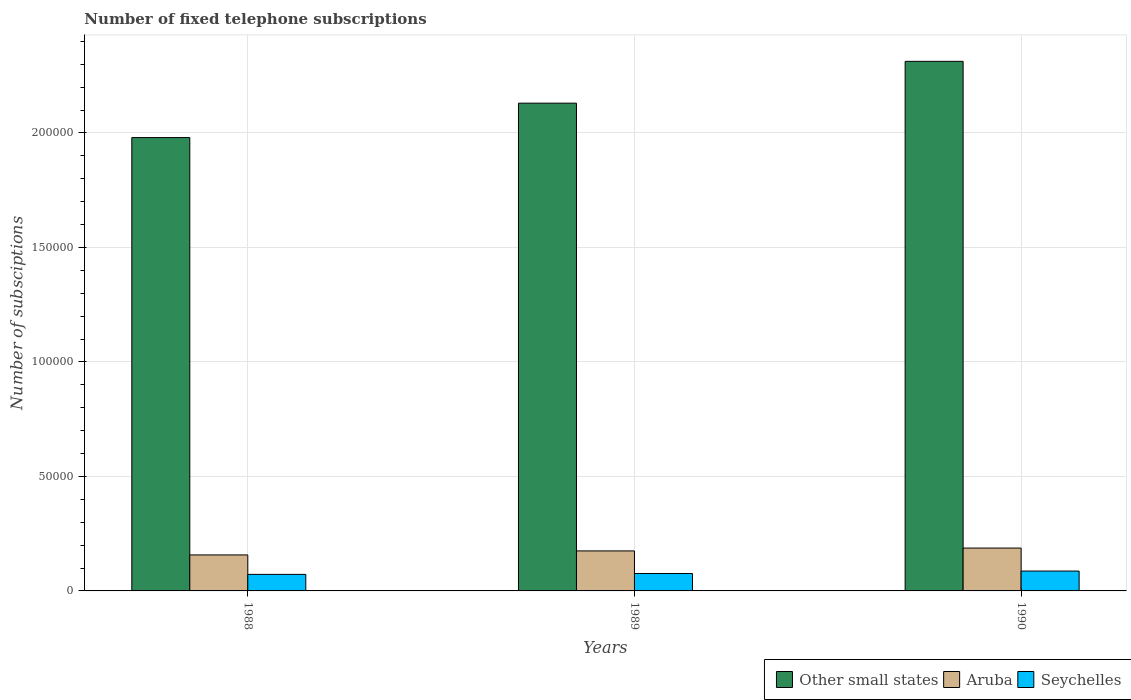
| Years | Other small states | Aruba | Seychelles |
 | --- | --- | --- | --- |
 | 1988 | 1.98e+05 | 1.57e+04 | 7.22e+03 |
 | 1989 | 2.13e+05 | 1.75e+04 | 7.61e+03 |
 | 1990 | 2.31e+05 | 1.87e+04 | 8.68e+03 |